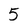
Character: 5